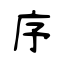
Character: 序